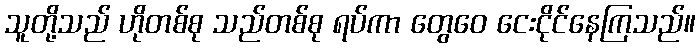
သူတို့သည် ဟိုတစ်စု သည်တစ်စု ရပ်ကာ တွေဝေ ငေးငိုင်နေကြသည်။